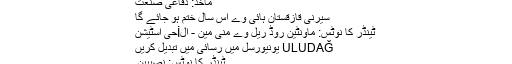
ماخذ: دفاعی صنعت
سیرنی قازقستان ہائی وے اس سال ختم ہو جائے گا
ٹینڈر کا نوٹس: ماونٹین روڈ ریل وے منی مین - الİحیٰ اسٹیشن
ULUDAĞ یونیورسل میں رسائی میں تبدیل کریں
ٹینڈر کا نوٹس: نصیبین۔